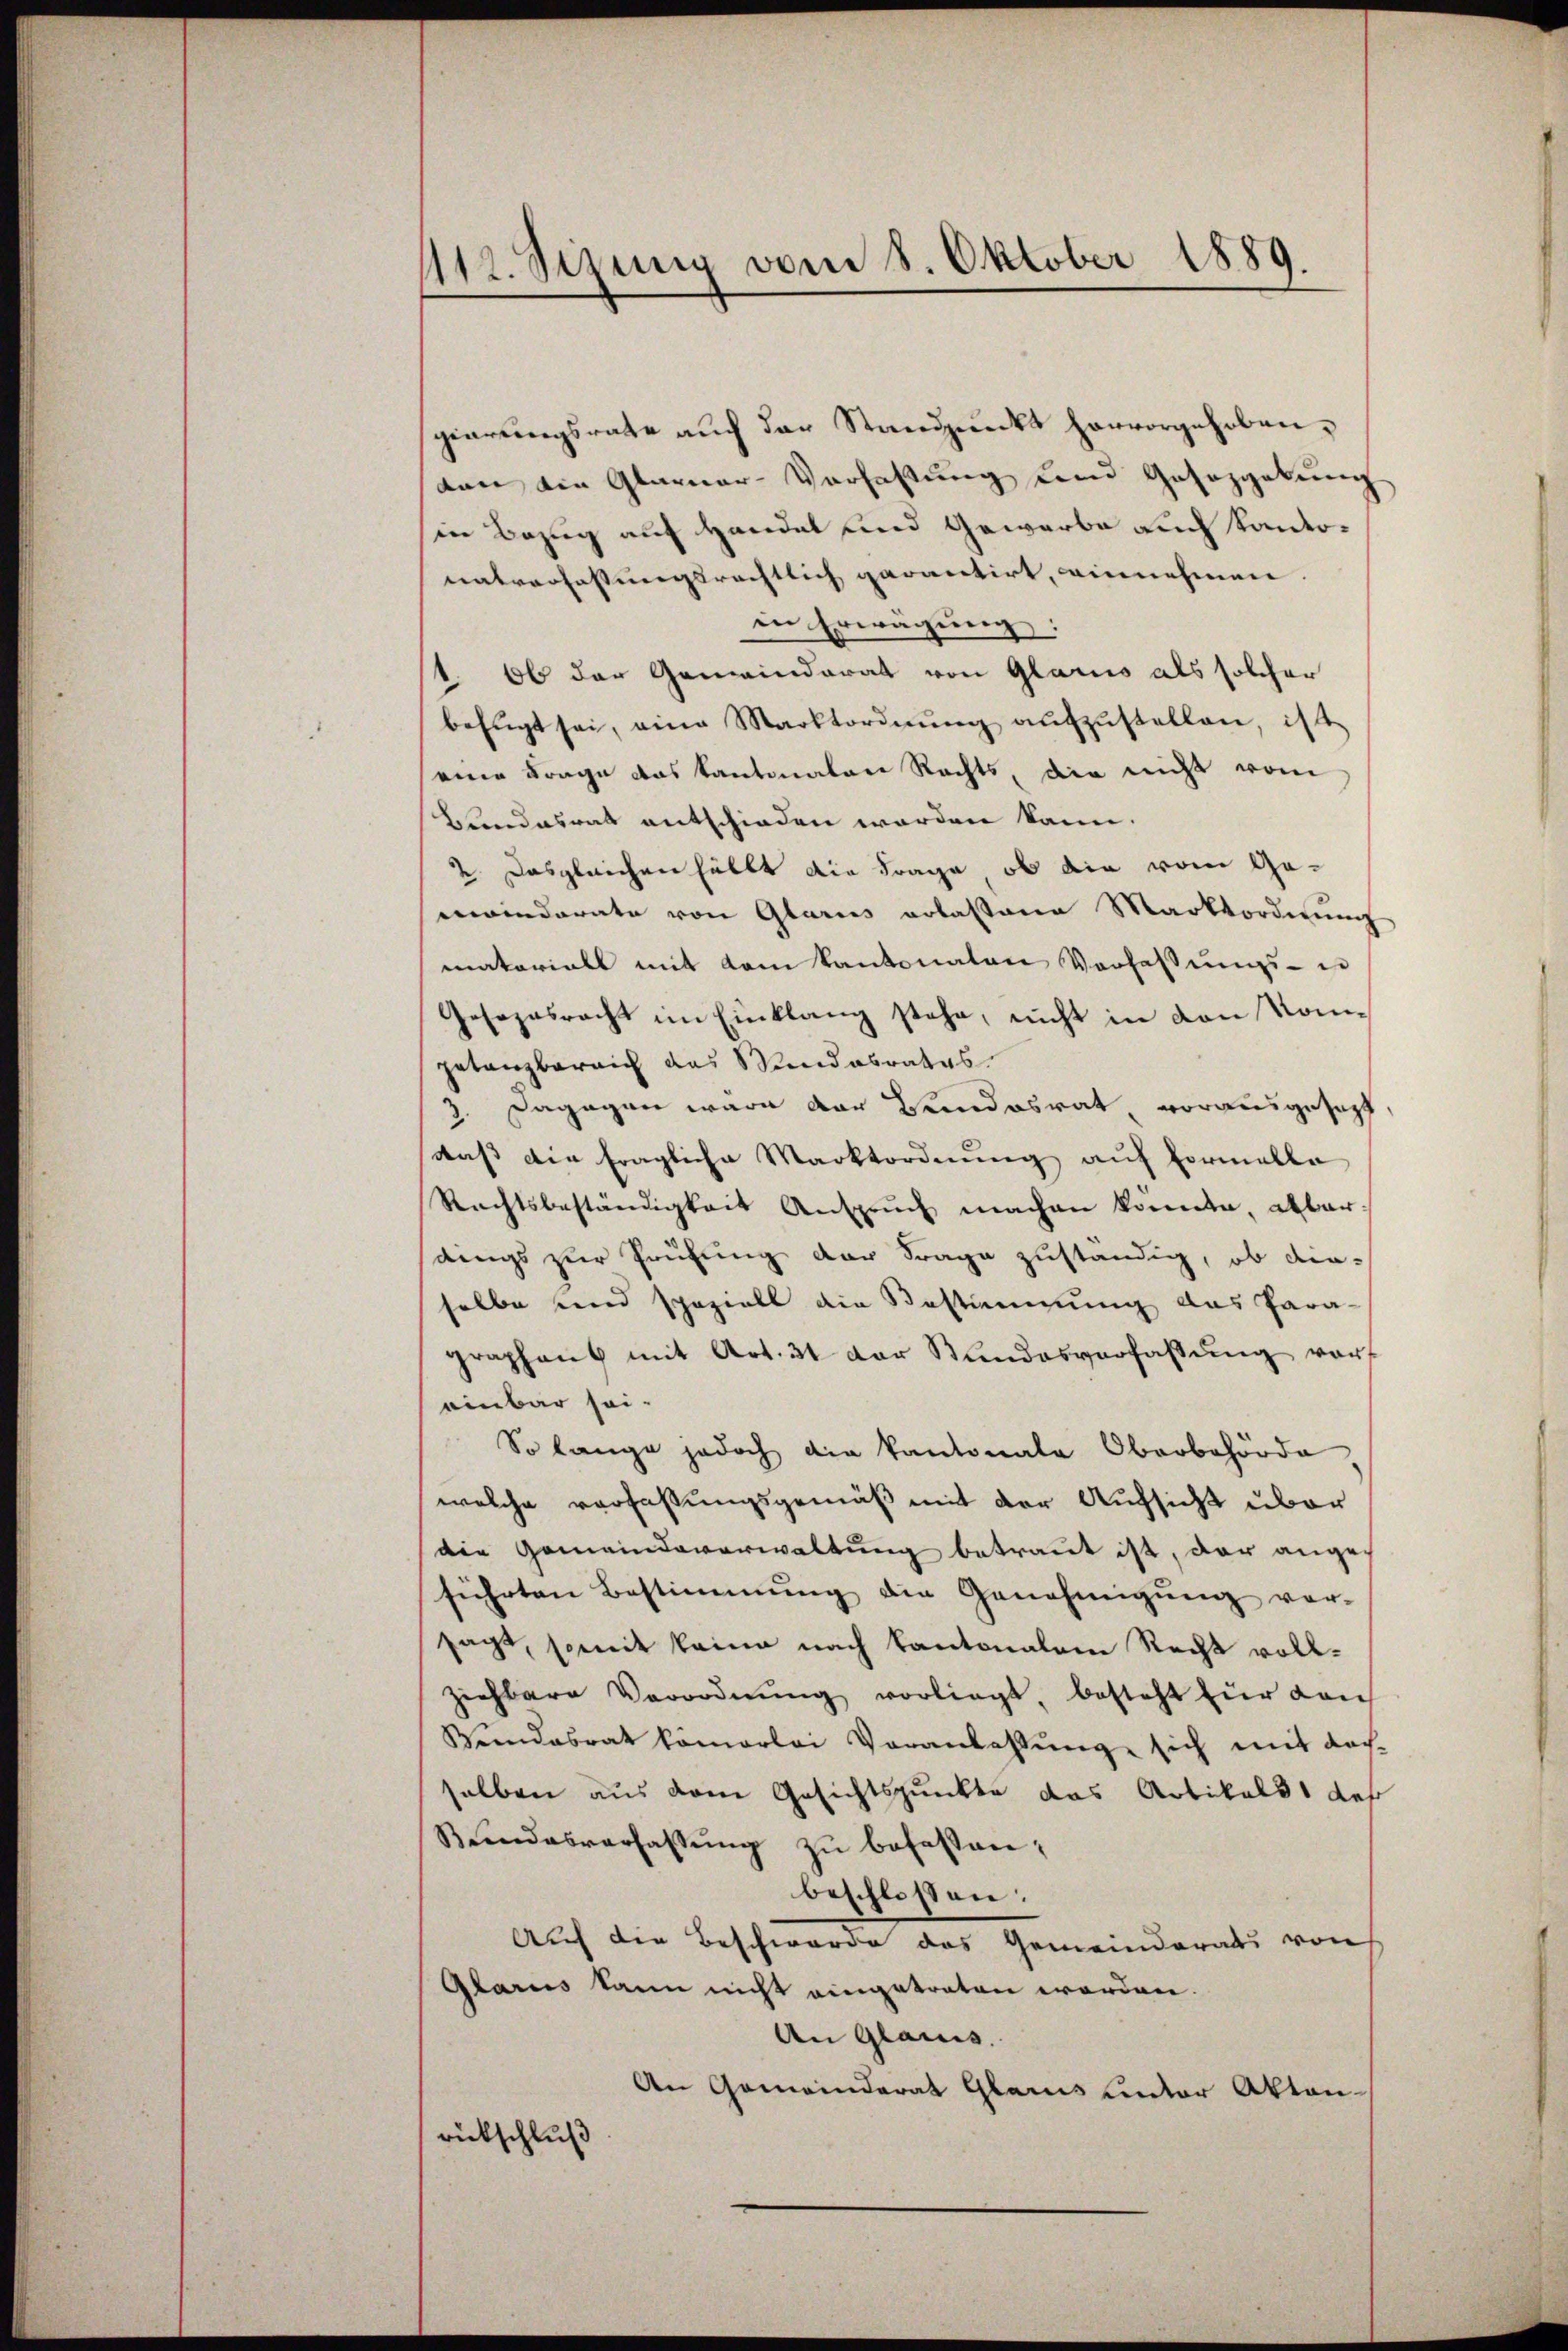
112. Sirung vom 8. Oktober 1889.

gierungsrate auch der Standpunkt hervorgehoben.
von die Glarner-Verfassung und Gesozgebung
in Bezug auf Handel und Gewerbe auch kantonatverfassungsrechtlich garantirt, innehmen.
in Erwägung:
1. Ob der Gemeinderat von Glarus als solcher
befugt sei, eine Marktordnŭng aŭfzŭstellen, ist
eine Frage das Kantonalen Rechts, die nicht vom
Bundesrat entschieden werden kann.
2. Das gleichen hällt die Frage, ob die vom Geeinderate von Glarus erlassene Marktordnung
matorials mit dem Kantonaten Verfassungs- un
Gesezesrecht im Einklang stehe, nicht in den Komgetanzbereich das Stundesrates
3. Dagegen wäre der Landesrat vorausgesezt,
daß die fragliche Marktordnŭng auf Formelle
Rechtsbeständigkeit Ansprŭch machen konnte, abbar
dings zur Prüfung der Frage zuständig, ob die-
selbe und speziell die Bestimmung das Para-
graphant mit Art. 31 der Stundesverfassŭng vor
einbar sei-
So lange jedoch die Kantonale Oberbehörde
welche verfaßungsgemäß mit der Aufsicht über
die Gemeindeverwaltung betraut ist, der angeführten Bestimmung die Genehmigŭng ver-
sacht, somit keine nach kantonalem Recht vollziehbare Verordnŭng vorliegt, besteht für dan
Weendesrat komerlei Veranlassŭng sich mit doch
selben aus dem Gesichtspunkte das Artikelst der
Bŭndesverfassŭng zŭ befassen;
beschlossen:
Auf der Beschwerden Gemeinderats von
Glarus kann nicht eingetreten worden.
An Glarus.
An Gemeinderat Glarus unter Akten-
rückschluß